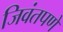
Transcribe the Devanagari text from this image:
जिवंतपणे